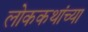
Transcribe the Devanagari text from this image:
लोककथांच्या